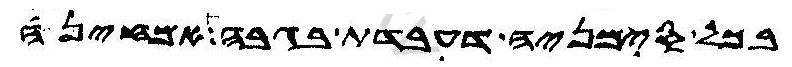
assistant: בכל סימניה דעבדת בגבה אמחינה